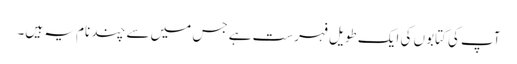
آپ کی کتابوں کی ایک طویل فہرست ہے جس میں سے چند نام یہ ہیں۔